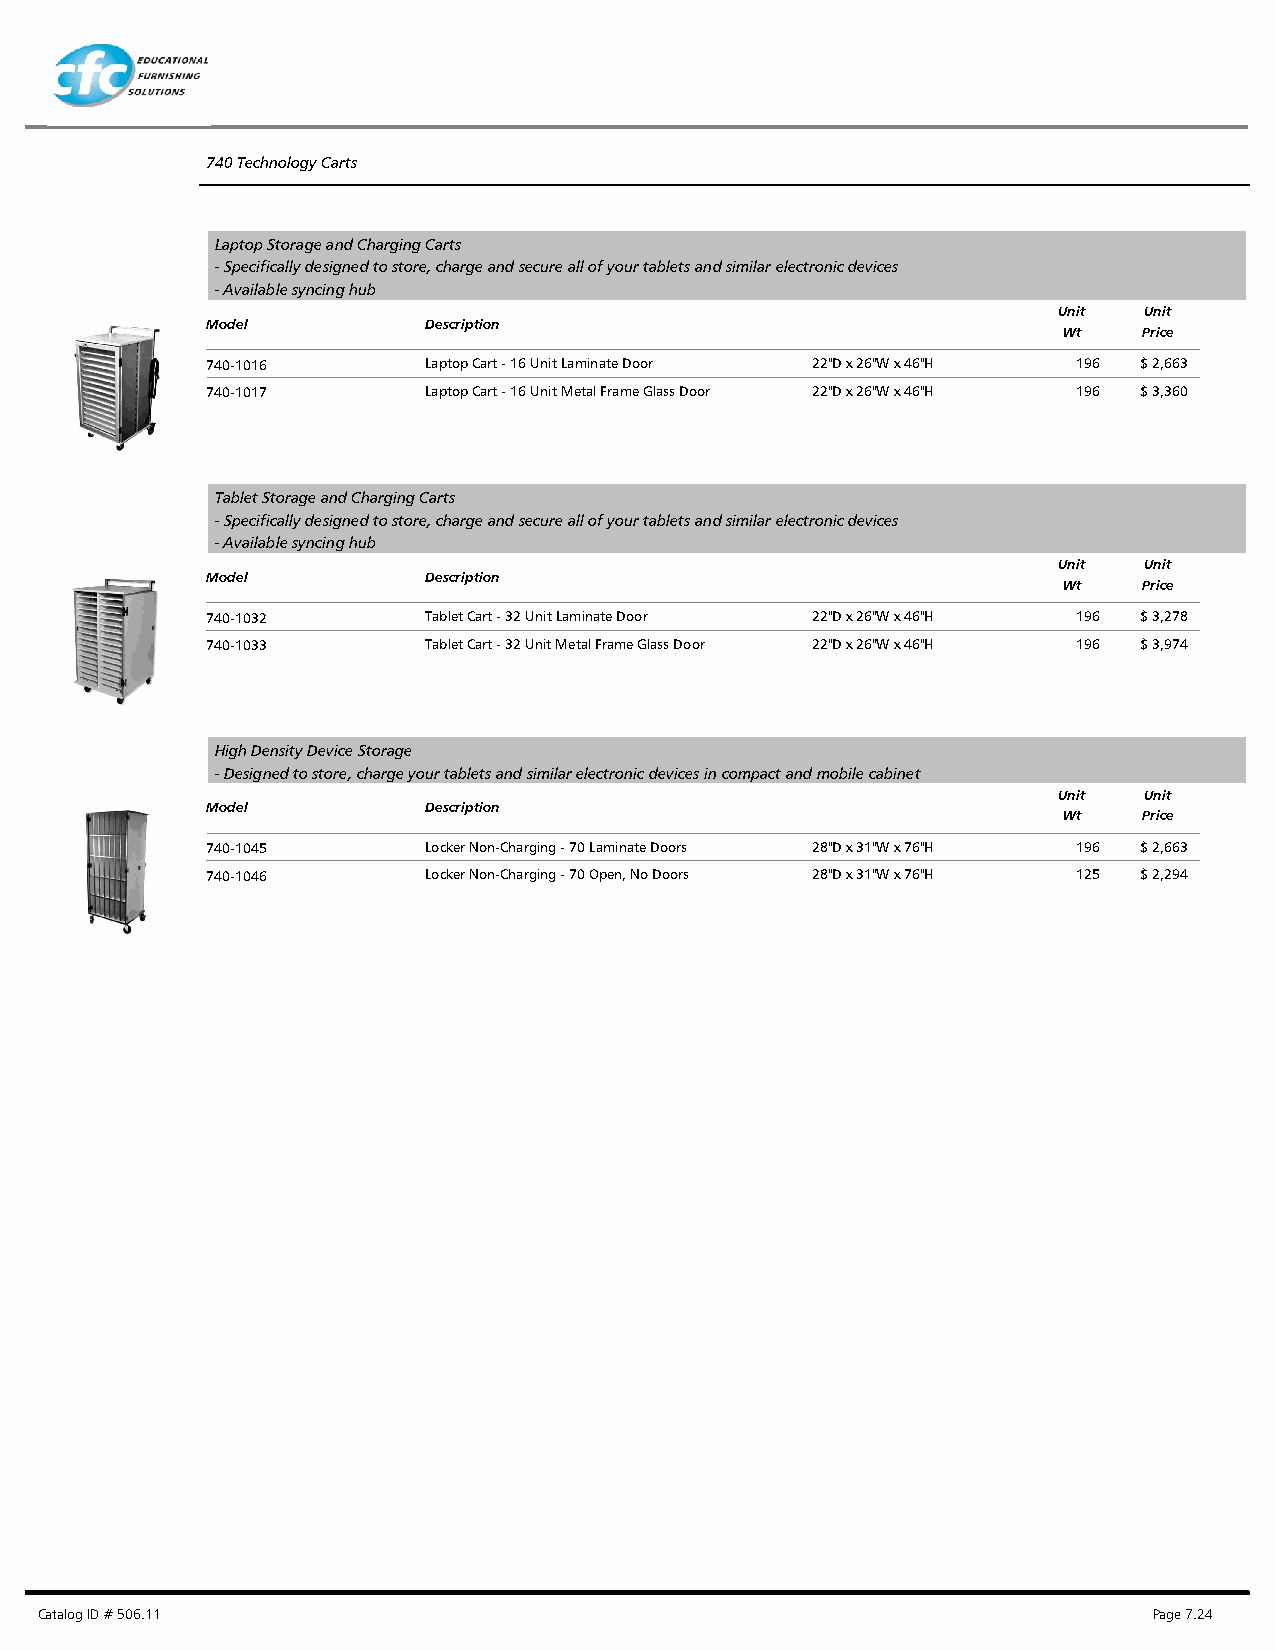
740 Technology Carts
 Laptop Storage and Charging Carts
 - Specifically designed to store, charge and secure all of your tablets and similar electronic devices
 - Available syncing hub
 Unit  Unit
 Model         Description
 Wt    Price
 740-1016      Laptop Cart - 16 Unit Laminate Door 22"D x 26"W x 46"H 196 $ 2,663
 740-1017      Laptop Cart - 16 Unit Metal Frame Glass Door 22"D x 26"W x 46"H 196 $ 3,360
 Tablet Storage and Charging Carts
 - Specifically designed to store, charge and secure all of your tablets and similar electronic devices
 - Available syncing hub
 Unit  Unit
 Model         Description
 Wt    Price
 740-1032      Tablet Cart - 32 Unit Laminate Door 22"D x 26"W x 46"H 196 $ 3,278
 740-1033      Tablet Cart - 32 Unit Metal Frame Glass Door 22"D x 26"W x 46"H 196 $ 3,974
 High Density Device Storage
 - Designed to store, charge your tablets and similar electronic devices in compact and mobile cabinet
 Unit  Unit
 Model         Description
 Wt    Price
 740-1045      Locker Non-Charging - 70 Laminate Doors 28"D x 31"W x 76"H 196 $ 2,663
 740-1046      Locker Non-Charging - 70 Open, No Doors 28"D x 31"W x 76"H 125 $ 2,294
 Catalog ID # 506.11                                                       Page 7.24